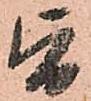
旨